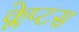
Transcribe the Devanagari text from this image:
क्लेप्टस